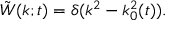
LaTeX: { \tilde { W } } ( k ; t ) = \delta ( k ^ { 2 } - k _ { 0 } ^ { 2 } ( t ) ) .